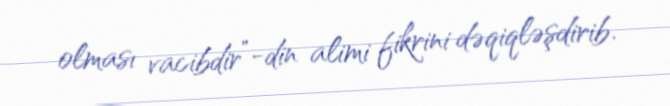
olması vacibdir”-din alimi fikrini dəqiqləşdirib.